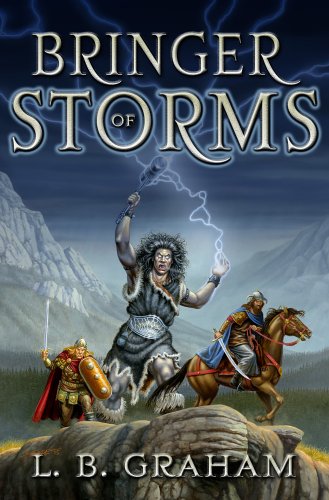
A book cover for Bringer of Storms (The Binding of the Blade, Book 2); L. B. Graham; Religion & Spirituality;